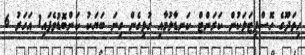
ހިތަދޫގެ ހޮސްޕިޓަލަކުން ކަރަންޓް ކަނޑާލުމާއި ގުޅިގެން ގިނަ ބަޔަކު ކަންބޮޑުވެފައި1 އަހަރު 6